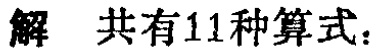
解 共有11种算式：